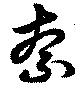
奈